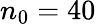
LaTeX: n_{0}=40